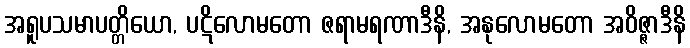
အရူပသမာပတ္တိယော, ပဋိလောမတော ဇရာမရဏာဒီနိ, အနုလောမတော အဝိဇ္ဇာဒီနိ